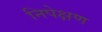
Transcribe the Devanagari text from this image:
निपेक्षण